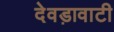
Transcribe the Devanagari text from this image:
देवड़ावाटी